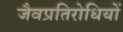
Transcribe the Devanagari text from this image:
जैवप्रतिरोधियों